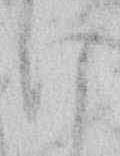
け